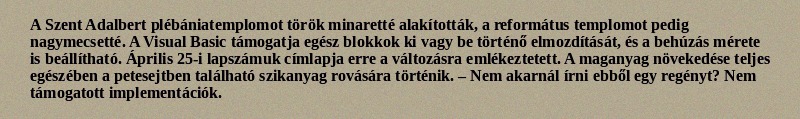
A Szent Adalbert plébániatemplomot török minaretté alakították, a református templomot pedig nagymecsetté. A Visual Basic támogatja egész blokkok ki vagy be történő elmozdítását, és a behúzás mérete is beállítható. Április 25-i lapszámuk címlapja erre a változásra emlékeztetett. A maganyag növekedése teljes egészében a petesejtben található szikanyag rovására történik. – Nem akarnál írni ebből egy regényt? Nem támogatott implementációk.